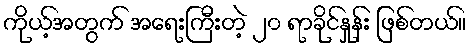
ကိုယ့်အတွက် အရေးကြီးတဲ့ ၂၀ ရာခိုင်နှုန်း ဖြစ်တယ်။